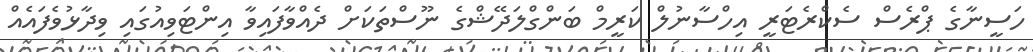
ހަސީނާގެ ޕްރެސް ސެކްރެޓަރީ އިހްސާނުލް ކަރީމް ބަންގްލަދޭޝްގެ ނޫސްތަކަށް ދެއްވާފައިވާ އިންޓަވިއުގައި ވިދާޅުވެފައެއް